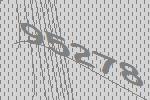
95278